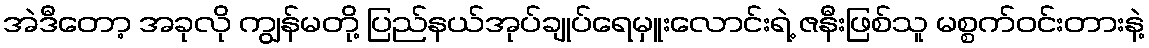
အဲဒီတော့ အခုလို ကျွန်မတို့ ပြည်နယ်အုပ်ချုပ်ရေမှူးလောင်းရဲ့ ဇနီးဖြစ်သူ မစ္စက်ဝင်းတားနဲ့